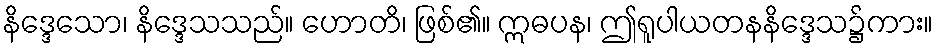
နိဒ္ဒေသော၊ နိဒ္ဒေသသည်။ ဟောတိ၊ ဖြစ်၏။ ဣဓပန၊ ဤရူပါယတနနိဒ္ဒေသ၌ကား။